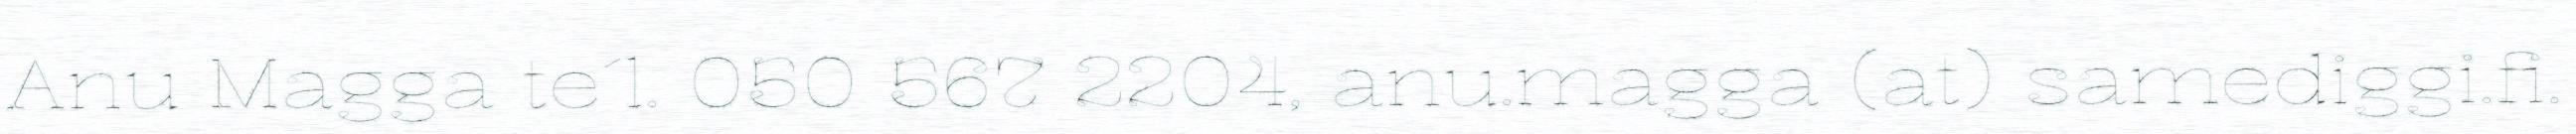
Anu Magga te´l. 050 567 2204, anu.magga (at) samediggi.fi.